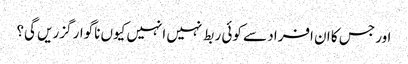
اور جس کا ان افراد سے کوئی ربط نہیں انہیں کیوں ناگوار گزریں گی؟